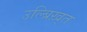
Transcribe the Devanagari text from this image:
उल्ब्रिख़्त